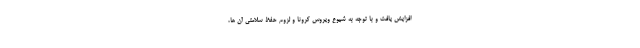
افزایش یافت و با توجه به شیوع ویروس کرونا و لزوم حفظ سلامتی آن ها،